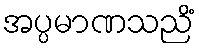
အပ္ပမာဏသညိံ